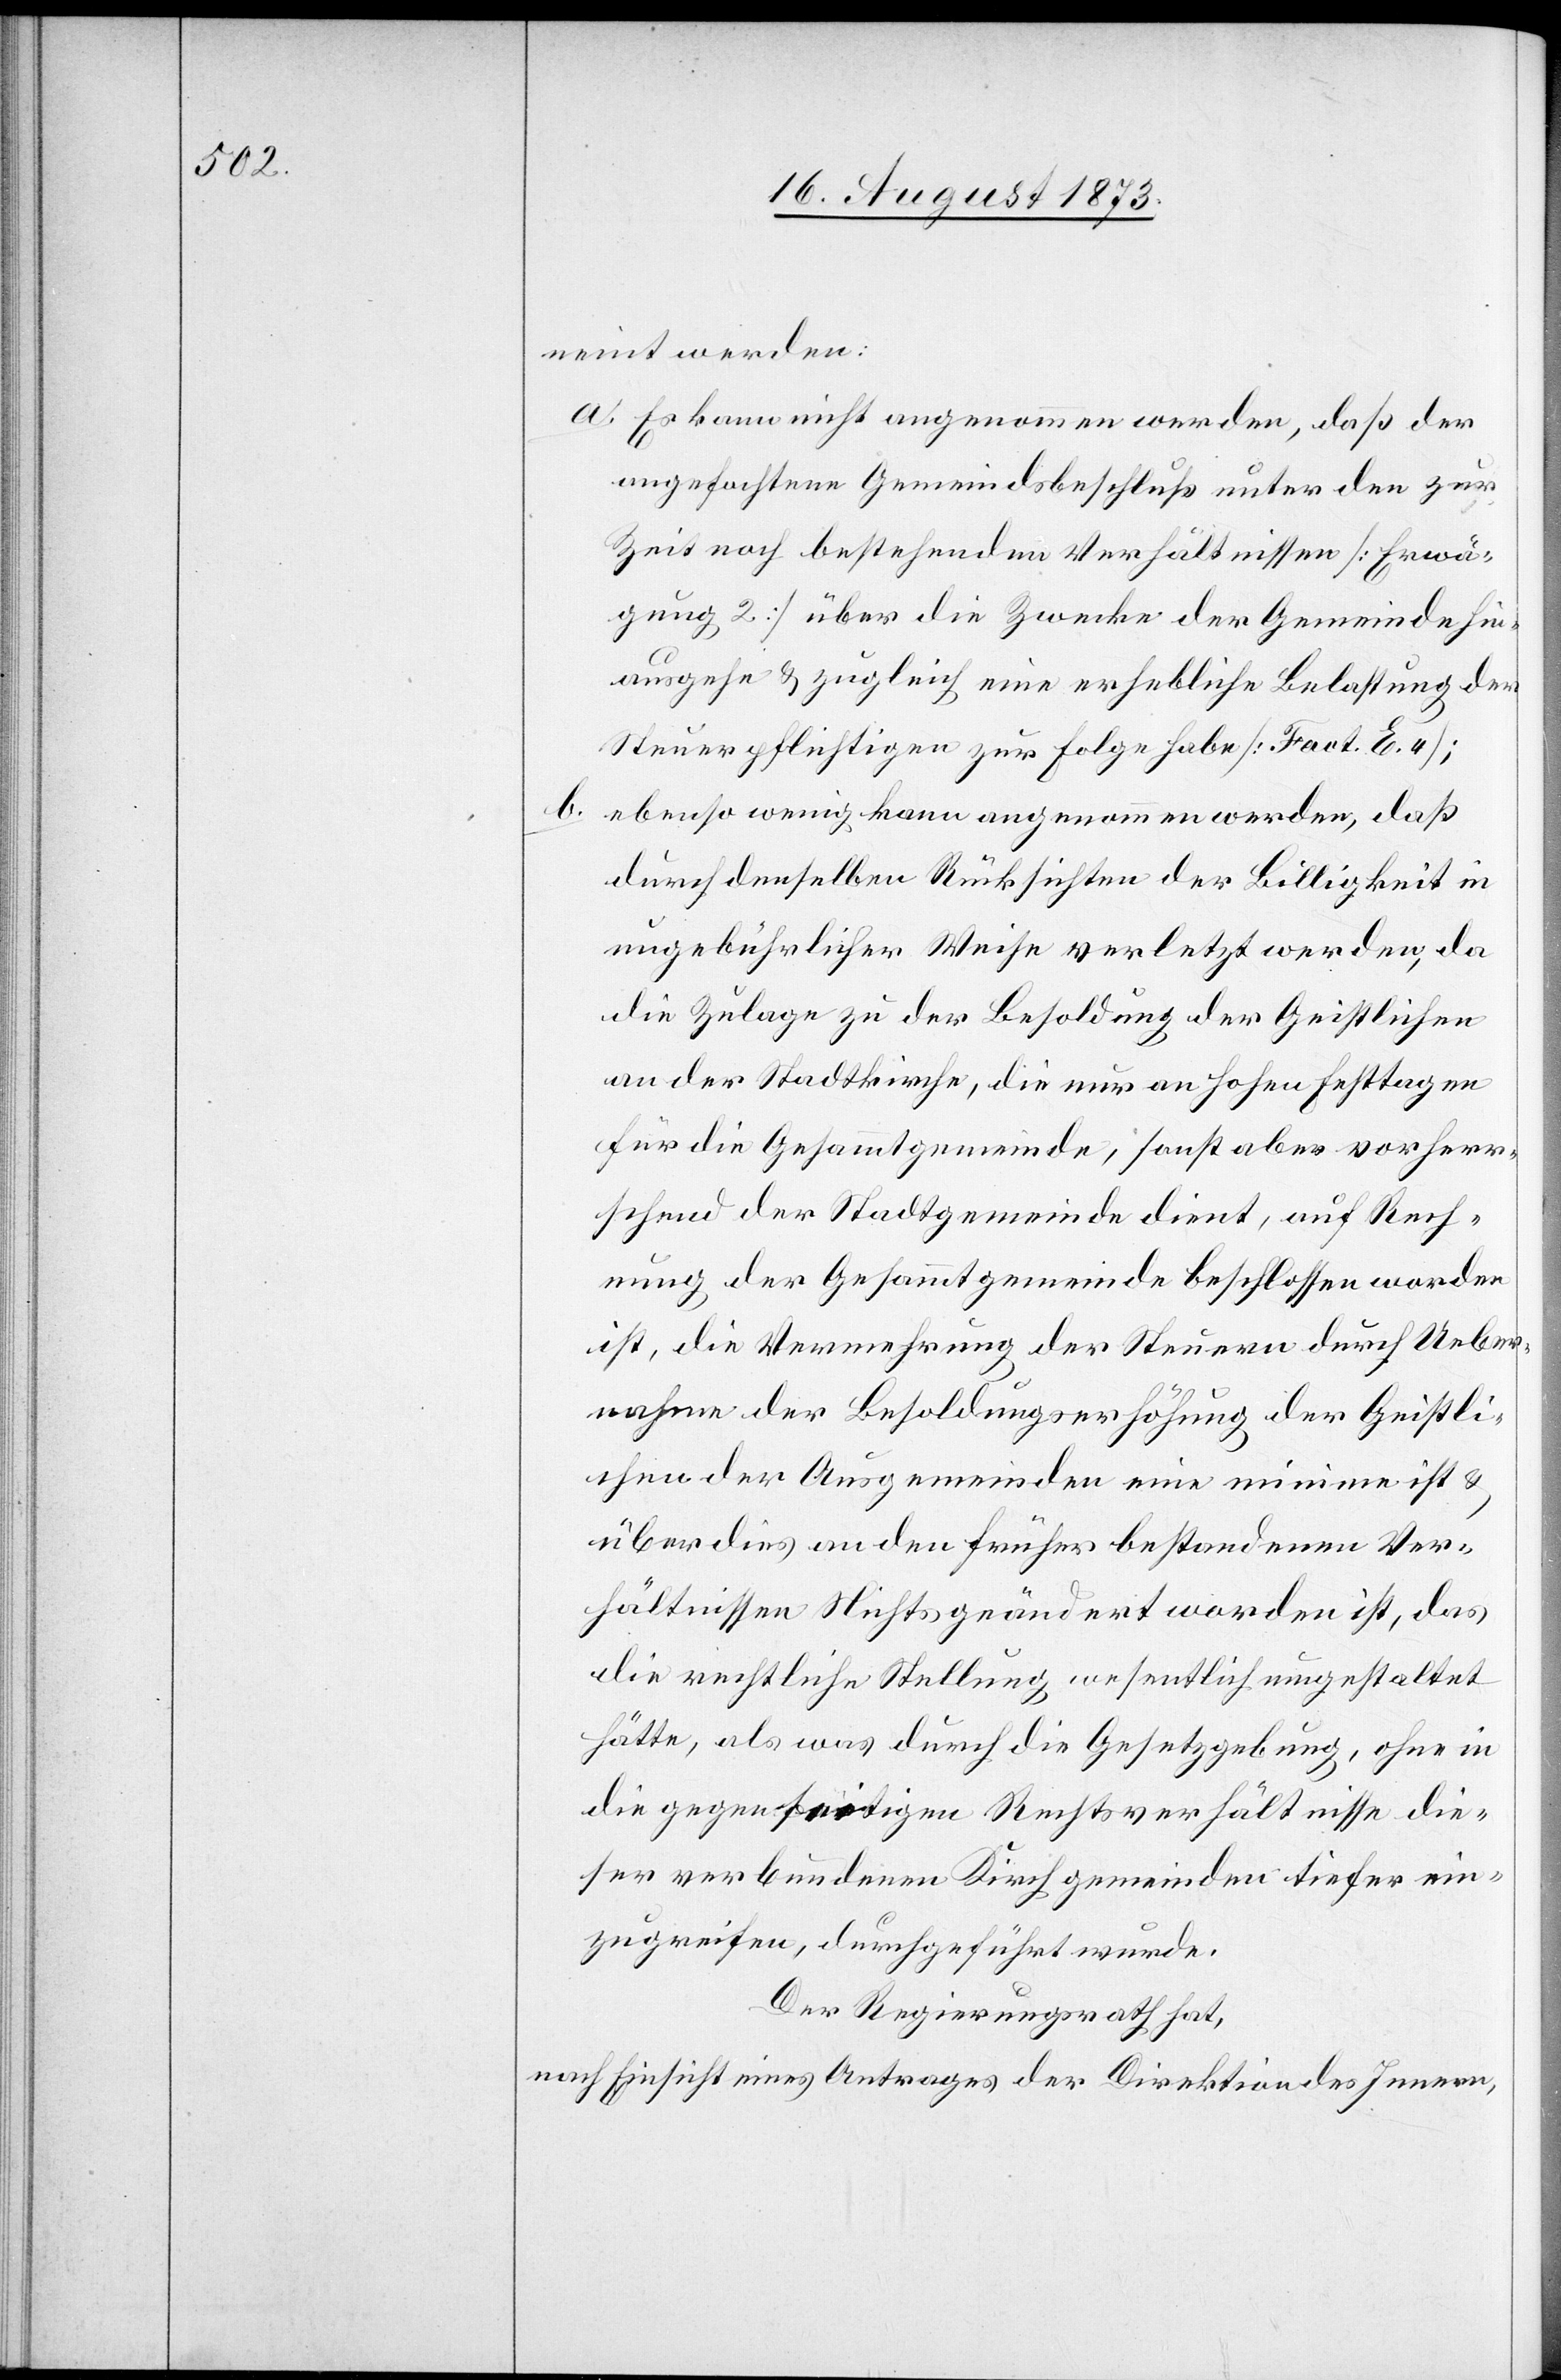
b.

neint werden:
a. Es kann nicht angenommen werden, daß der
angefochtene Gemeindsbeschluß unter den zur
Zeit noch bestehenden Verhältnissen [Erwä¬
gung 2] über die Zwecke der Gemeinde hin¬
ausgehe & zugleich eine erhebliche Belastung der
Steuerpflichtigen zur Folge habe [Fact. E. 4];
ebenso wenig kann angenommen werden, daß
durch denselben Rücksichten der Billigkeit in
ungebührlicher Weise verletzt werden, da
die Zulage zu der Besoldung der Geistlichen
an der Stadtkirche, die nur an hohen Festtagen
für die Gesammtgemeinde, sonst aber vorherr¬
schend der Stadtgemeinde dient, auf Rech¬
nung der Gesammtgemeinde beschlossen worden
ist, die Vermehrung der Steuern durch Ueber¬
nahme der Besoldungserhöhung der Geistli¬
chen der Ausgemeinden eine minime ist &
überdies an den früher bestandenen Ver¬
hältnissen Nichts geändert worden ist, das
die rechtliche Stellung wesentlich umgestaltet
hätte, als was durch die Gesetzgebung, ohne in
die gegenseitigen Rechtsverhältnisse die¬
ser verbundenen Kirchgemeinden tiefer ein¬
zugreifen, durchgeführt wurde.
Der Regierungsrath hat,
nach Einsicht eines Antrages der Direktion des Innern,